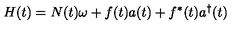
H ( t ) = N ( t ) \omega + f ( t ) a ( t ) + f ^ { * } ( t ) a ^ { \dagger } ( t )